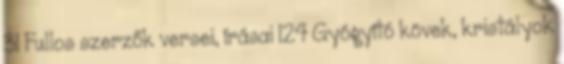
31 Fullos szerzők versei, írásai 124 Gyógyító kövek, kristályok